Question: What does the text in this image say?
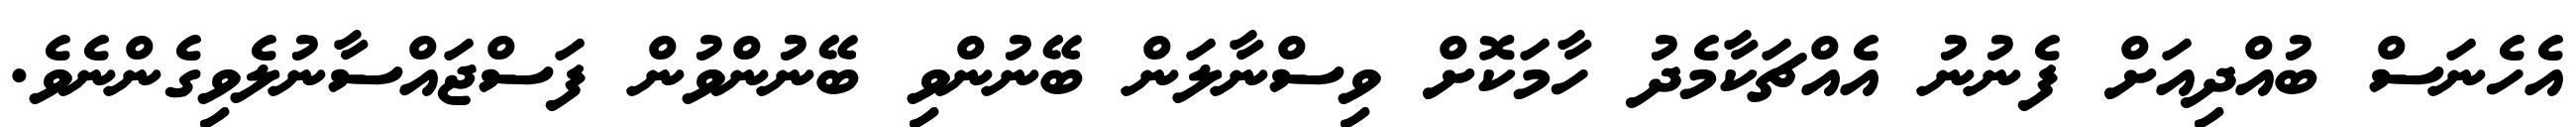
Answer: އެހެނަސް ބުއްދިއަށް ފެނުނު އެއްޗަކާމެދު ހާމަކޮށް ވިސްނާލަން ބޭނުންވި ބޭނުންވުން ފަސްޖައްސާނުލެވިގެންނެވެ.